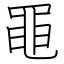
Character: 黽